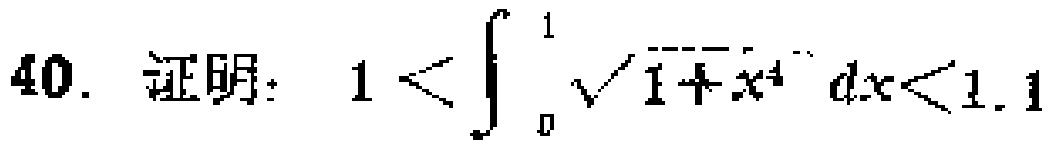
40. 证明：\(1<\int_{0}^{1}\sqrt{1 + x^{4}}dx<1.1\)